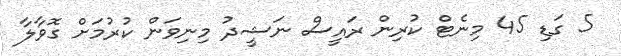
5 ގަޑި 45 މިނެޓް ކުރިން ރައީސް ނަޝީދު މިނިވަން ކުރުމަށް ގޮވާލާ